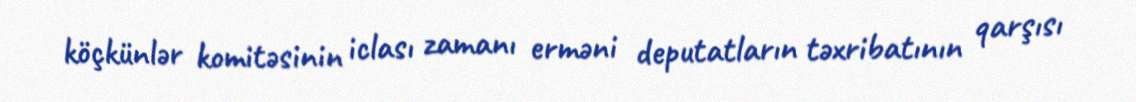
köçkünlər komitəsinin iclası zamanı erməni deputatların təxribatının qarşısı